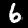
Digit: 6